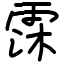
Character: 霂